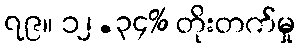
၇၉။ ၁၂.၃၄% တိုးတက်မှု